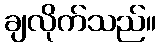
ချလိုက်သည်။